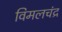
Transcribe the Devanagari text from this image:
विमलचंद्र